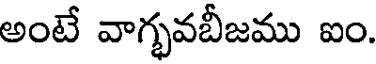
అంటే వాగ్భవబీజము ఐం.